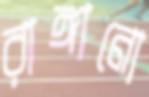
রাঙ্গানো